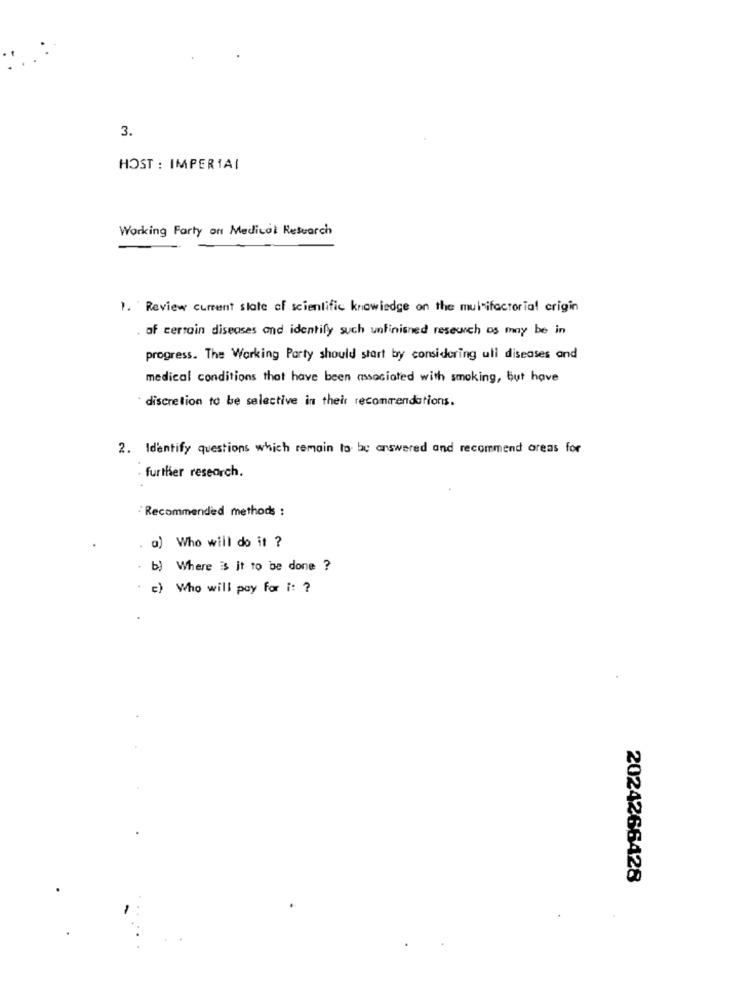
3.
HOST : IMPERIAI
Working Farty on Medical Research
1. Review current state of scientific knowledge on the multifactorial crigin
. of certain diseases and identify such unfinished reseuch os may be in
progress. The Working Party should start by considering ull diseases and
medical conditions that have been associated with smoking, but have
discretion to be selective in their recommendations.
2. Identify questions which remain to be answered and recommend areas for
- further research.
Recommended methods :
. a) Who will do it ?
. b) Where is it to be done ?
. c) Who will pay for i: ?
2024266428